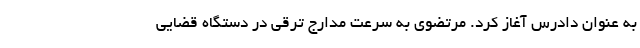
به عنوان دادرس آغاز کرد. مرتضوی به سرعت مدارج ترقی در دستگاه قضایی